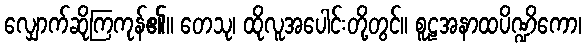
လျှောက်ဆိုကြကုန်၏။ တေသု၊ ထိုလူအပေါင်းတို့တွင်။ စူဠအနာထပိဏ္ဍိကော၊